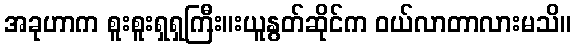
အခုဟာက စူးစူးရှရှကြီး။းယူနွတ်ဆိုင်က ဝယ်လာတာလားမသိ။